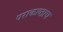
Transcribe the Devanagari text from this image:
पराकाष्ठाच